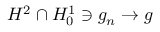
H ^ { 2 } \cap H _ { 0 } ^ { 1 } \ni g _ { n } \to g